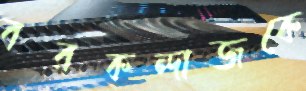
বরকন্দাজকে